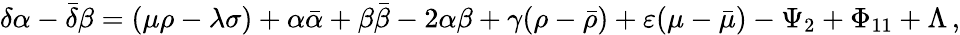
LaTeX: \delta\alpha-{\bar{\delta}}\beta=(\mu\rho-\lambda\sigma)+\alpha{\bar{\alpha}}+\beta{\bar{\beta}}-2\alpha\beta+\gamma(\rho-{\bar{\rho}})+\varepsilon(\mu-{\bar{\mu}})-\Psi_{2}+\Phi_{11}+\Lambda\, ,